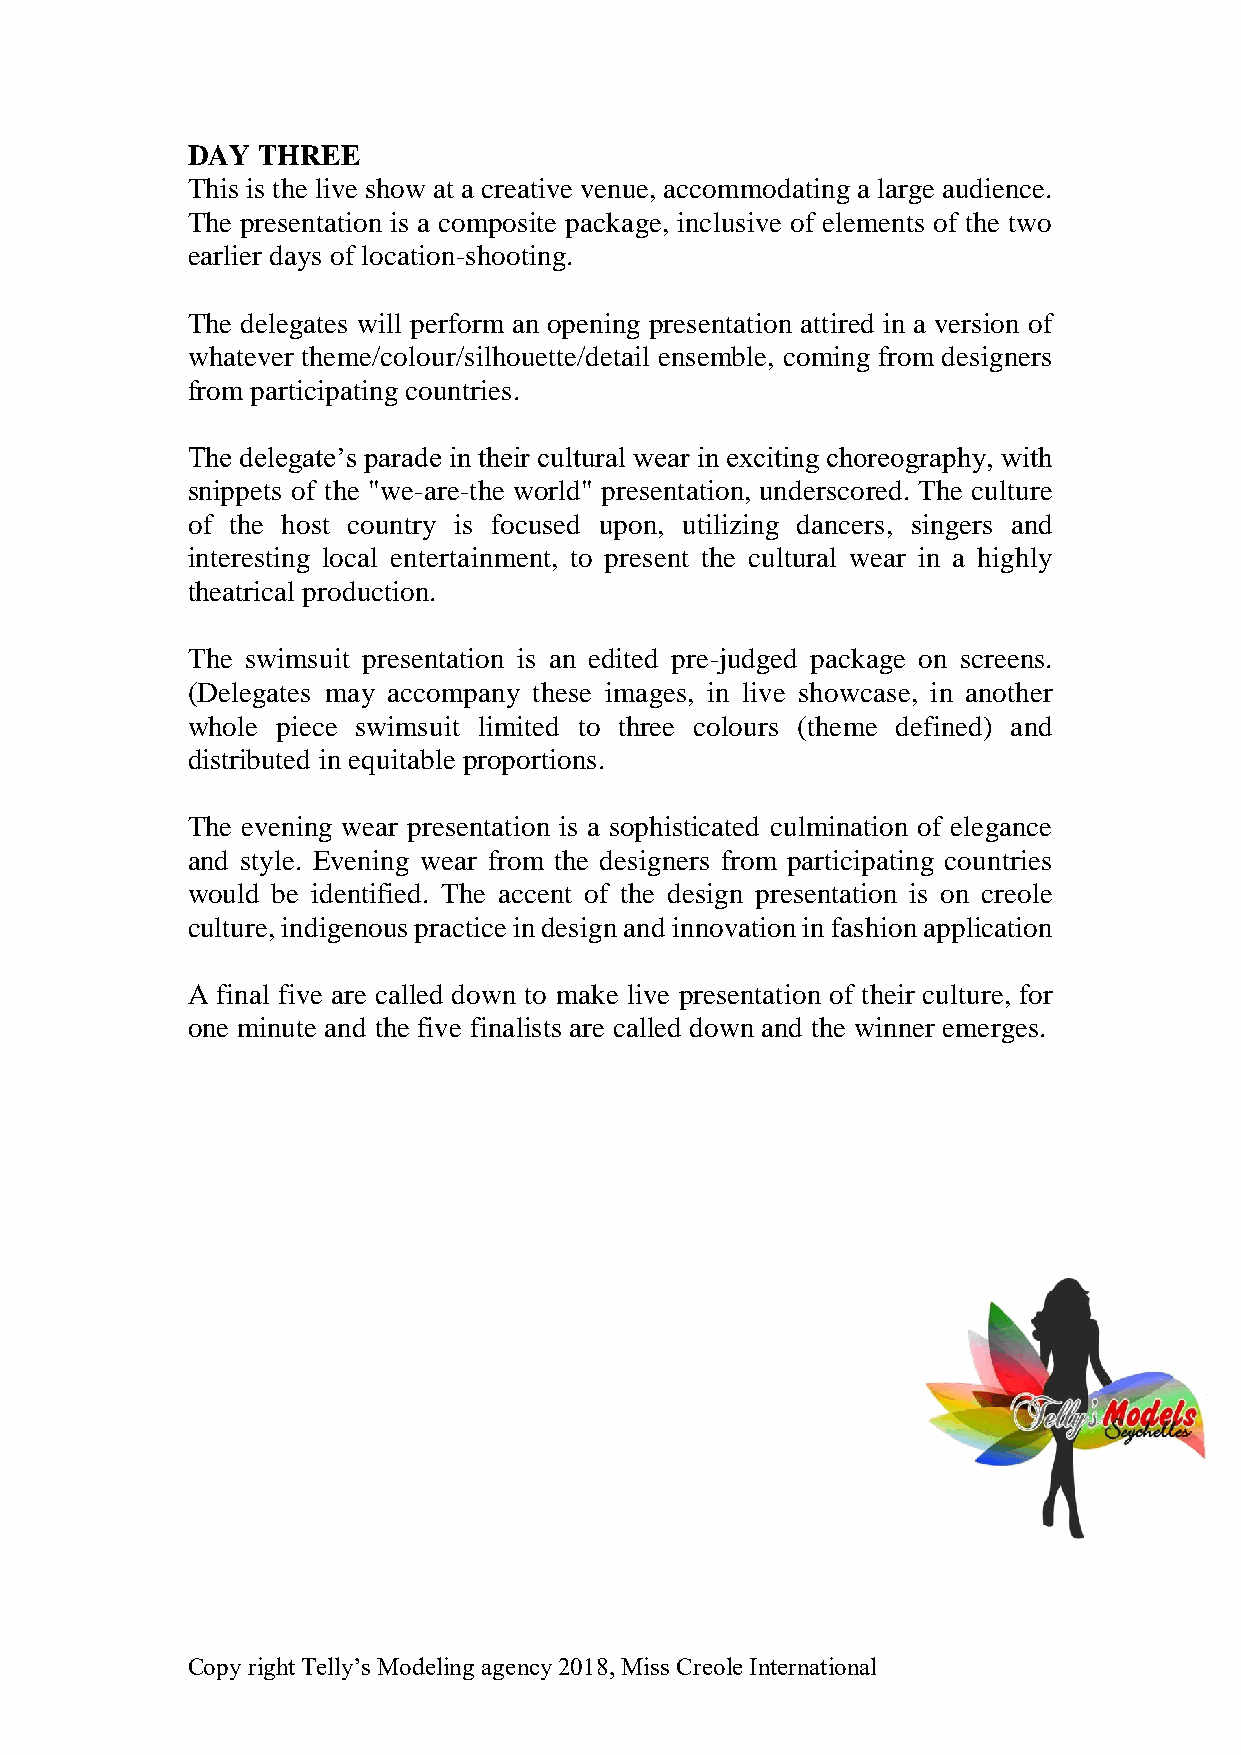
DAY  THREE
 This is the live show at a creative venue, accommodating a large audience.
 The presentation is a composite package, inclusive of elements of the two
 earlier days of location-shooting.
 The delegates will perform an opening presentation attired in a version of
 whatever theme/colour/silhouette/detail ensemble, coming from designers
 from participating countries.
 The delegate’s parade in their cultural wear in exciting choreography, with
 snippets of the "we-are-the world" presentation, underscored. The culture
 of the host country is focused upon, utilizing dancers, singers and
 interesting local entertainment, to present the cultural wear in a highly
 theatrical production.
 The swimsuit presentation is an edited pre-judged package on screens.
 (Delegates may accompany these images, in live showcase, in another
 whole piece swimsuit limited to three colours (theme defined) and
 distributed in equitable proportions.
 The evening wear presentation is a sophisticated culmination of elegance
 and style. Evening wear from the designers from participating countries
 would be identified. The accent of the design presentation is on creole
 culture, indigenous practice in design and innovation in fashion application
 A final five are called down to make live presentation of their culture, for
 one minute and the five finalists are called down and the winner emerges.
 Copy right Telly’s Modeling agency 2018, Miss Creole International